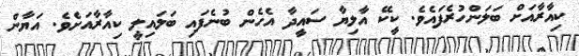
ކިއާރާއަށް ބަލަންހުރެފައެވެ. ކީކޭ އާލިޔާ ސައީދާ އެހެން ބުނެފައި ބަލައިލީ ކިއާރާއަށެވެ. އަޔާން